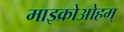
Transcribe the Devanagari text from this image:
माइक्रोओहम्‌